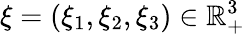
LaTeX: \xi=(\xi_{1},\xi_{2},\xi_{3})\in\mathbb{R}_{+}^{3}